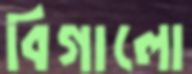
বিগালো